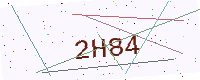
Text: 2H84